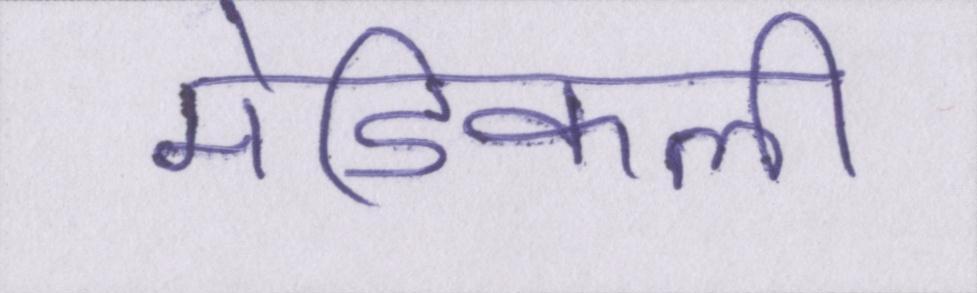
मेडिकली